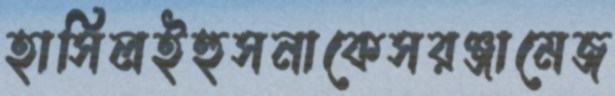
হাসিলইহুসনাকেসরঞ্জামেজ